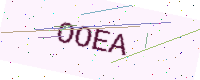
Text: OOEA